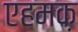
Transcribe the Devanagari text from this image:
एहमक़